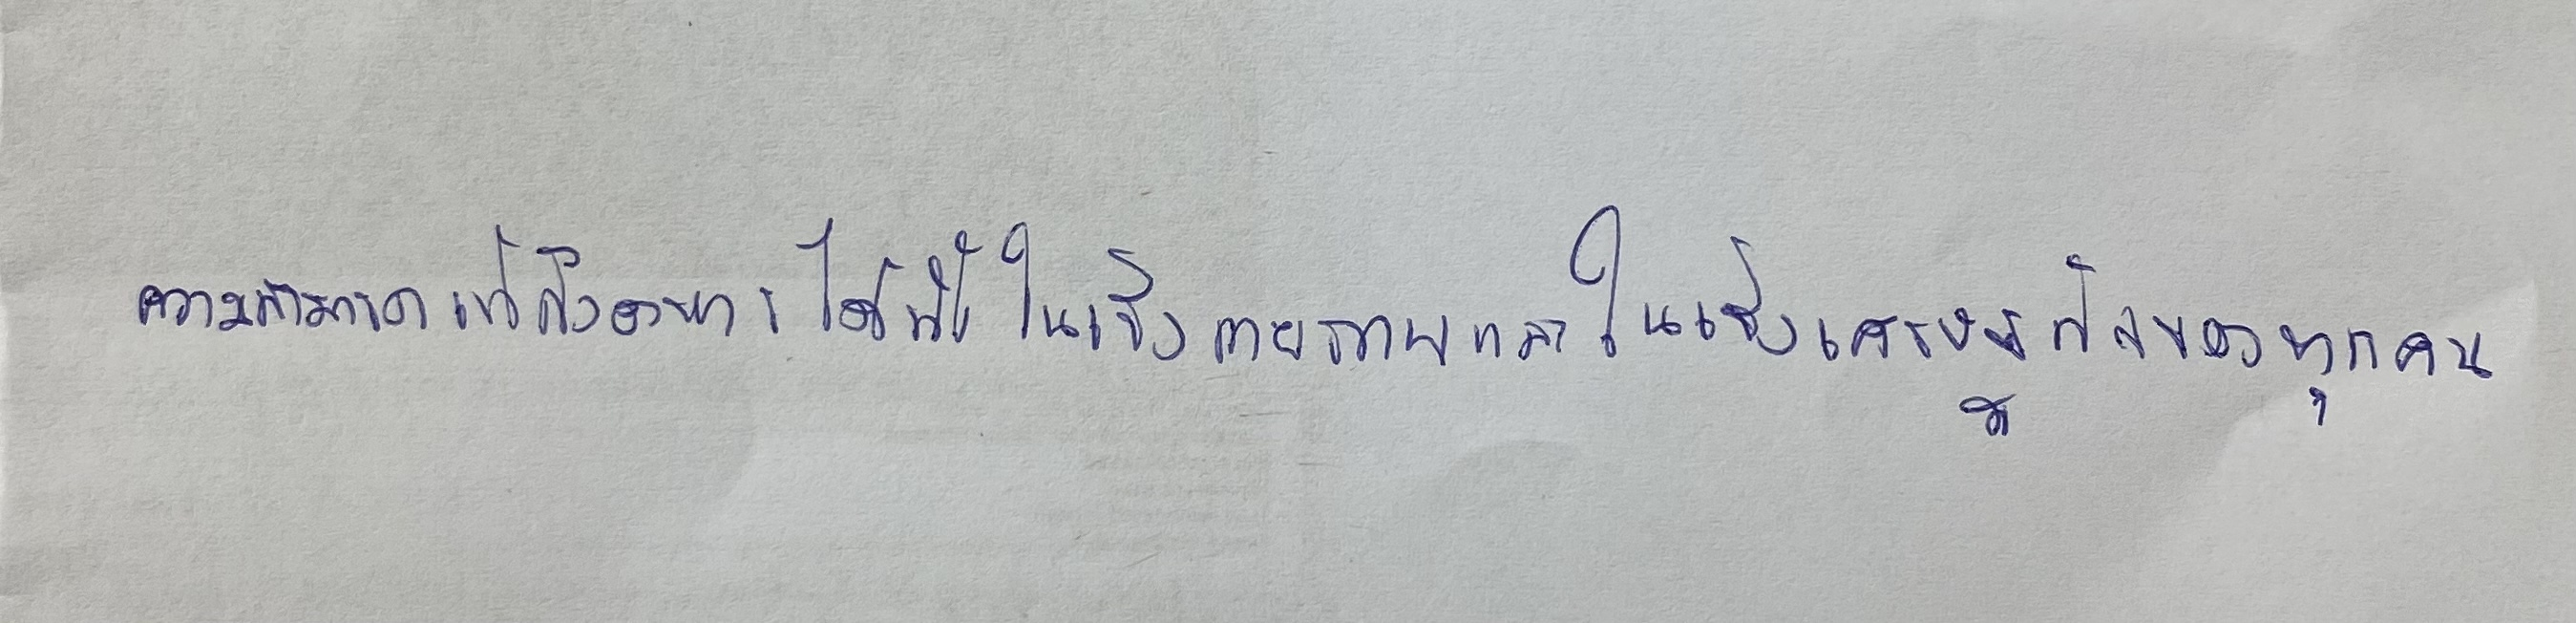
ความสามารถเข้าถึงอาหารได้ทั้งในเชิงกายภาพและในเชิงเศรษฐกิจของทุกคน